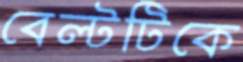
বেল্টটিকে